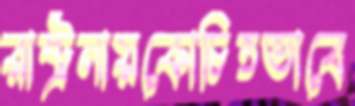
রাষ্ট্রনায়কোচিতভাবে